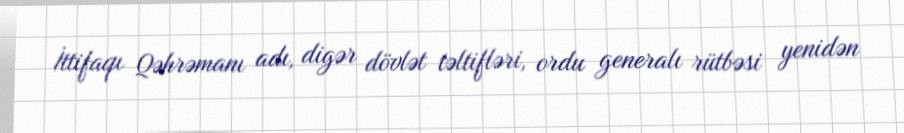
İttifaqı Qəhrəmanı adı, digər dövlət təltifləri, ordu generalı rütbəsi yenidən